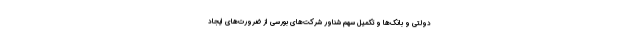
دولتی و بانک‌ها و تکمیل سهم شناور شرکت‌های بورسی از ضرورت‌های ایجاد